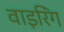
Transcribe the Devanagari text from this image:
वाइरिंग